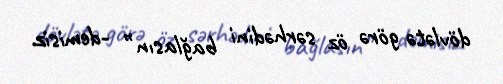
dövlətə görə öz sərhədini bağlasın” -demisiz.